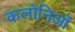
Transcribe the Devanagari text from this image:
कलोनिओं